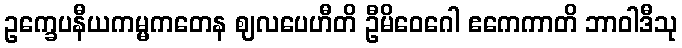
ဥက္ခေပနီယကမ္မကတေန ဈလပေဟီတိ ဦမိဝေဂေါ ဧကေကာတိ ဘာဝါဒီသု